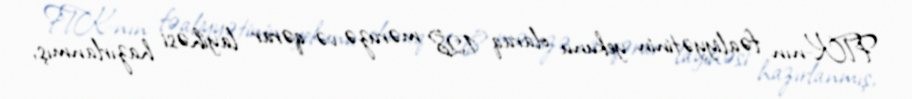
FTK-nın fəaliyyətinin yekunu olaraq 128 məruzə və qərar layihəsi hazırlanmış,